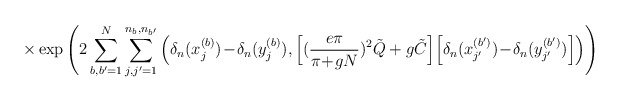
\begin{align*}\times \exp \left( 2 \sum_{b,b^\prime=1}^N\sum_{j,j^\prime=1}^{n_b,n_{b^\prime}}\Big( \delta_n(x_j^{(b)})\!-\!\delta_n(y_j^{(b)}),\Big[ (\frac{e \pi}{\pi\!+\!g N})^2 \tilde{Q} + g \tilde{C} \Big]\Big[ \delta_n(x_{j^\prime}^{(b^\prime)})\!-\!\delta_n(y_{j^\prime}^{(b^\prime)}) \Big] \Big) \right)\end{align*}